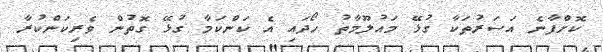
ކޮށްފާނެ އަސަރުތަކާ ގުޅޭ މައުލޫމާތު ހޯދައި އެ ކަންކަމާ ގުޅޭ ގޮތުން ވެރިކަންކުރާ